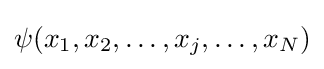
\psi (x_{1},x_{2},\dots ,x_{j},\dots ,x_{N})